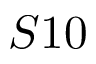
S 1 0